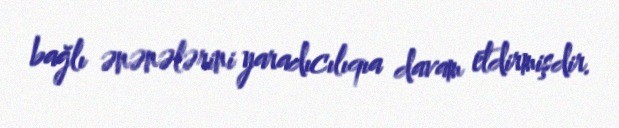
bağlı ənənələrini yaradıcılıqıa davam etdirmişdir.